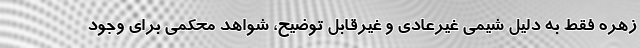
زهره فقط به دلیل شیمی غیرعادی و غیرقابل توضیح، شواهد محکمی برای وجود